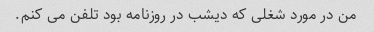
من در مورد شغلی که دیشب در روزنامه بود تلفن می کنم.